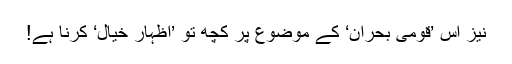
نیز اِس ’قومی بحران‘ کے موضوع پر کچھ تو ’اظہارِ خیال‘ کرنا ہے!